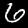
Label: 6